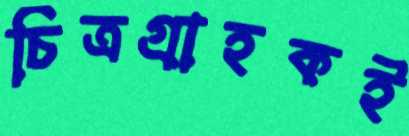
চিত্রগ্রাহকই